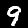
Digit: 9